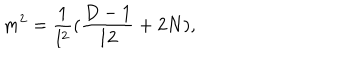
m ^ { 2 } = \frac { 1 } { l ^ { 2 } } ( \frac { D - 1 } { 1 2 } + 2 N ) ,